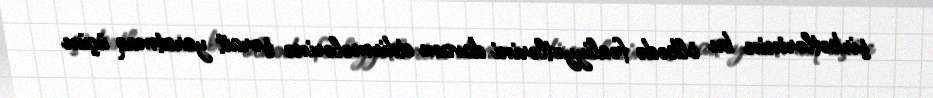
şirkətlərinin bu ölkədə fəaliyyətlərini davam etdirmələrinə şərait yaratmaq üçün